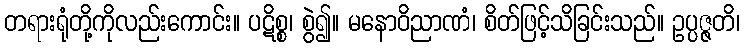
တရားရုံတို့ကိုလည်းကောင်း။ ပဋိစ္စ၊ စွဲ၍။ မနောဝိညာဏံ၊ စိတ်ဖြင့်သိခြင်းသည်။ ဥပ္ပဇ္ဇတိ၊